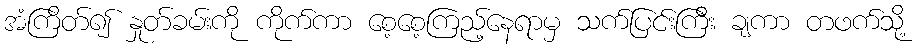
အံကြိတ်၍ နှုတ်ခမ်းကို ကိုက်ကာ စေ့စေ့ကြည့်နေရာမှ သက်ပြင်းကြီး ချကာ တဖက်သို့